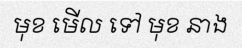
មុខ មើល ទៅ មុខ នាង